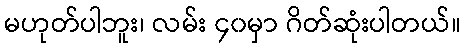
မဟုတ်ပါဘူး၊ လမ်း ၄၀မှာ ဂိတ်ဆုံးပါတယ်။